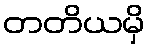
တတိယမှိ